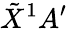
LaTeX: \tilde{X}^{1}A^{\prime}